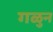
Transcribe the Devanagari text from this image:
गळुन